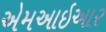
એમઆઇઆર